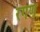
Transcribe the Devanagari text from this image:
रगण